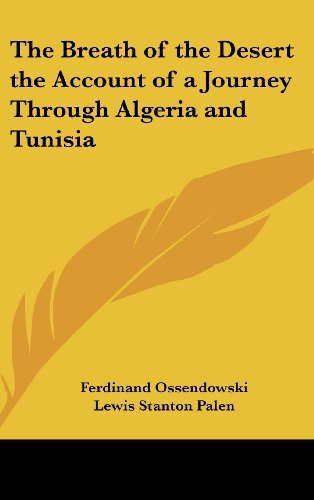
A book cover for The Breath of the Desert the Account of a Journey Through Algeria and Tunisia; Ferdinand Ossendowski; Travel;